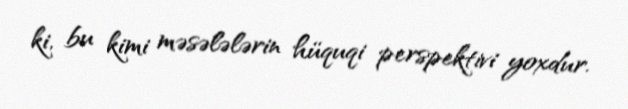
ki, bu kimi məsələlərin hüquqi perspektivi yoxdur.